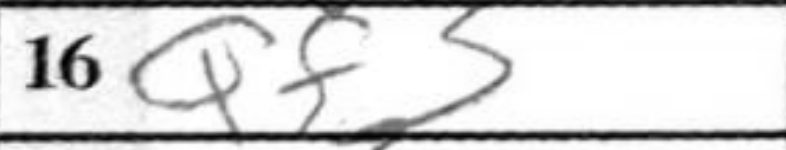
Transcription: Qf3